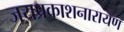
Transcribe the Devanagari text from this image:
जयप्रकाशनारायण